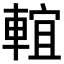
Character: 𨌵